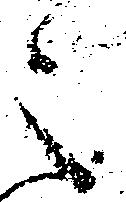
之